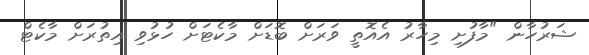
ޝަރުހާން "މާފުށި މިހާރު އެއޮތީ ވަރަށް ބޮޑަށް މާކެޓަށް ހުޅުވި އިތުރަށް މާކެޓް